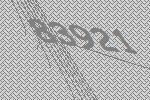
83921